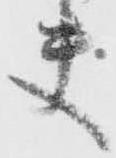
夫